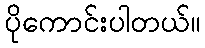
ပိုကောင်းပါတယ်။